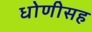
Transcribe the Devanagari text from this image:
धोणीसह